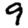
Digit: 9